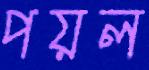
পয়ল